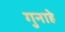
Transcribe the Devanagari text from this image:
गुनाहे